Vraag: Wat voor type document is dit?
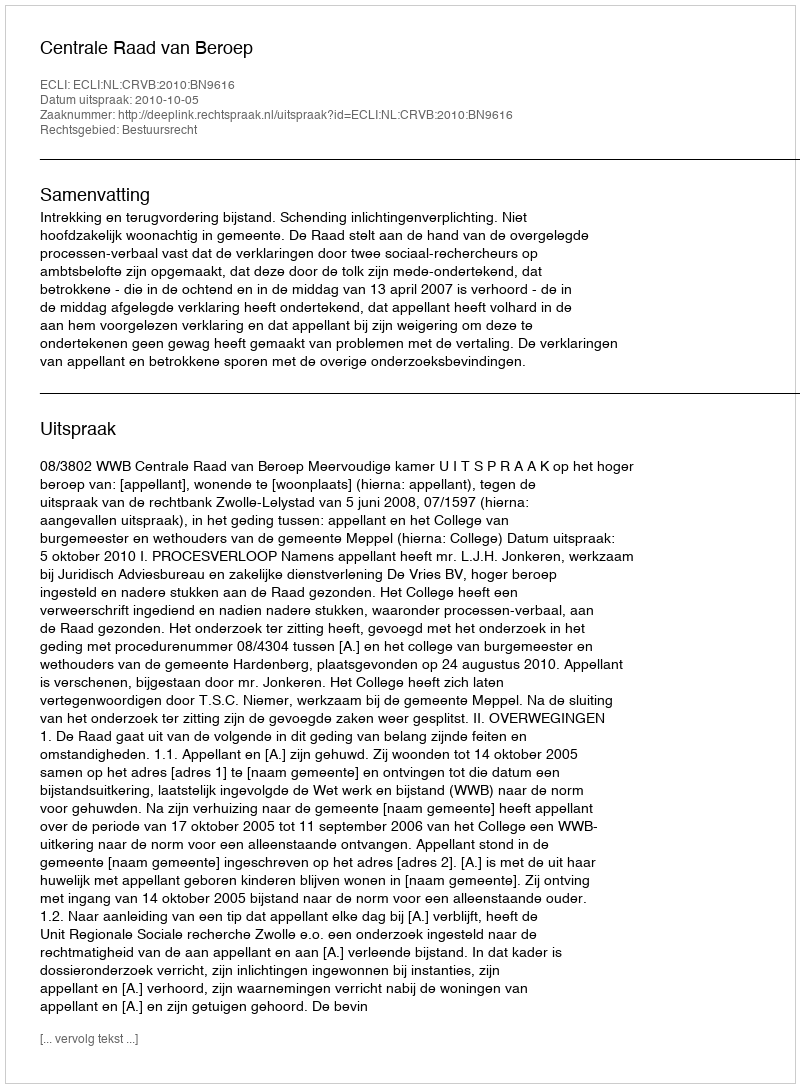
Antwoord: Uitspraak